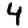
Digit: 4